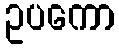
ဥပကော